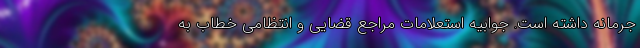
جرمانه داشته است. جوابیه استعلامات مراجع قضایی و انتظامی خطاب به